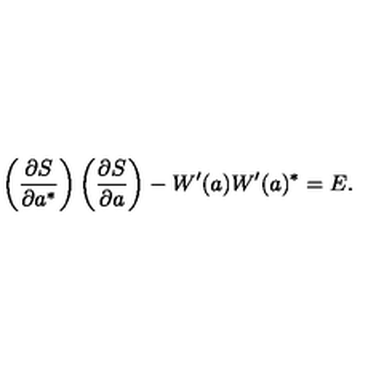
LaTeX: \left( \frac { \partial S } { \partial a ^ { \ast } } \right) \left( \frac { \partial S } { \partial a } \right) - W ^ { \prime } ( a ) W ^ { \prime } ( a ) ^ { \ast } = E .